Account of plague administration in the Bombay Presidency from September 1896 till May 1897
Year: 1896
Disease focus: Plague
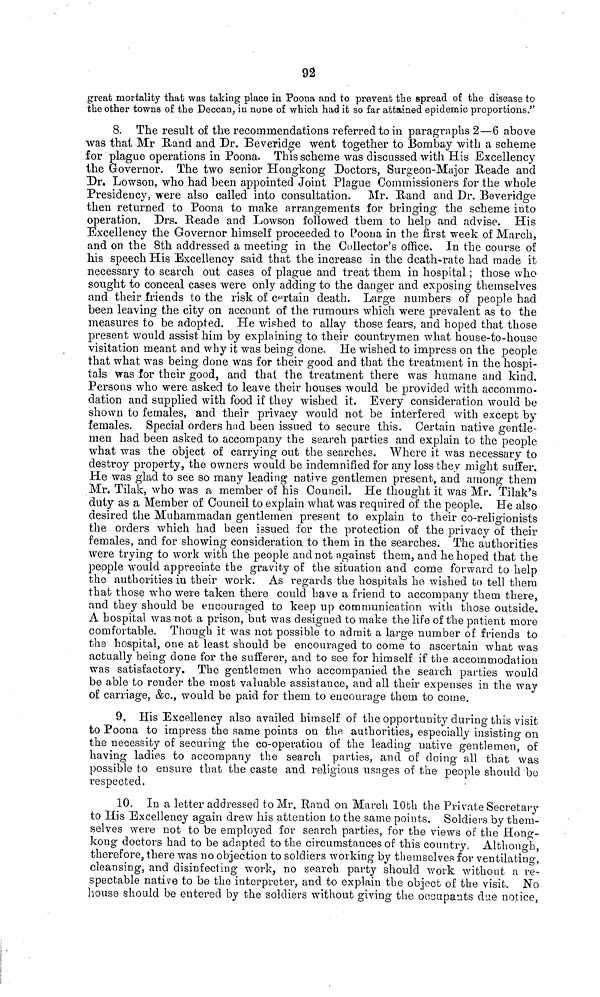
92
great mortality that was taking place in Poona and to prevent the spread of the disease to
the other towns of the Deccan, in none of which had it so far attained epidemic proportions."
8. The result of the recommendations referred to in paragraphs 2—6 above
was that Mr Rand and Dr. Beveridge went together to Bombay with a scheme
for plague operations in Poona. This scheme was discussed with His Excellency
the Governor. The two senior Hongkong Doctors, Surgeon-Major Reade and
Dr. Lowson, who had been appointed Joint Plague Commissioners for the whole
Presidency, were also called into consultation.
Mr. Rand and Dr. Beveridge
then returned to Poona to make arrangements for bringing the scheme into
operation. Drs. Reade and Lowson followed them to help and advise. His
Excellency the Governor himself proceeded to Poona in the first week of March,
and on the 8th addressed a meeting in the Collector's office. In the course of
his speech His Excellency said that the increase in the death-rate had made it
necessary to search out cases of plague and treat them in hospital ; those who
sought to conceal cases were only adding to the danger and exposing themselves
and their friends to the risk of certain death. Large numbers of people had
been leaving the city on account of the rumours which were prevalent as to the
measures to be adopted. He wished to allay those fears, and hoped that those
present would assist him by explaining to their countrymen what house-to-house
visitation meant and why it was being done. He wished to impress on the people
that what was being done was for their good and that the treatment in the hospi-
tals was for their good, and that the treatment there was humane and kind.
Persons who were asked to leave their houses would be provided with accommo-
dation and supplied with food if they wished it. Every consideration would be
shown to females, and their privacy would not be interfered with except by
females. Special orders had been issued to secure this. Certain native gentle-
men had been asked to accompany the search parties and explain to the people
what was the object of carrying out the searches. Where it was necessary to
destroy property, the owners would be indemnified for any loss they might suffer.
He was glad to see so many leading native gentlemen present, and among them
Mr. Tilak, who was a member of his Council. He thought it was Mr. Tilak's
duty as a Member of Council to explain what was required of the people. He also
desired the Muhammadan gentlemen present to explain to their co-religionists
the orders which had been issued for the protection of the privacy of their
females, and for showing consideration to them in the searches. The authorities
were trying to work with the people and not against them, and he hoped that the
people would appreciate the gravity of the situation and come forward to help
the authorities in their work. As regards the hospitals he wished to tell them
that those who were taken there could have a friend to accompany them there,
and they should be encouraged to keep up communication with those outside.
A hospital was not a prison, but was designed to make the life of the patient more
comfortable. Though it was not possible to admit a large number of friends to
the hospital, one at least should be encouraged to come to ascertain what was
actually being done for the sufferer, and to see for himself if the accommodation
was satisfactory. The gentlemen who accompanied the search parties would
be able to render the most valuable assistance, and all their expenses in the way
of carriage, &c., would be paid for them to encourage them to come.
9. His Excellency also availed himself of the opportunity during this visit
to Poona to impress the same points on the authorities, especially insisting on
the necessity of securing the co-operation of the leading native gentlemen, of
having ladies to accompany the search parties, and of doing all that was
possible to ensure that the caste and religious usages of the people should "be
respected.
10. In a letter addressed to Mr. Rand on March 10th the Private Secretary
to His Excellency again drew his attention to the same points. Soldiers by them-
selves were not to be employed for search parties, for the views of the Hong-
kong doctors had to be adapted to the circumstances of this country. Although,
therefore, there was no objection to soldiers working by themselves for ventilating,
cleansing, and disinfecting work, no search party should work without a re-
spectable native to be the interpreter, and to explain the object of the visit. No
house should be entered by the soldiers without giving the occupants due notice,